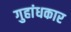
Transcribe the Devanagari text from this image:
गुहांधकार